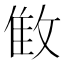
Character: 𰕌